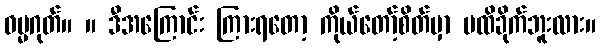
ဓမ္မဂုတ်။ ။ ဒီအကြောင်း ကြားရတော့ ကိုယ်တော့်စိတ်မှာ မထိခိုက်ဘူးလား။